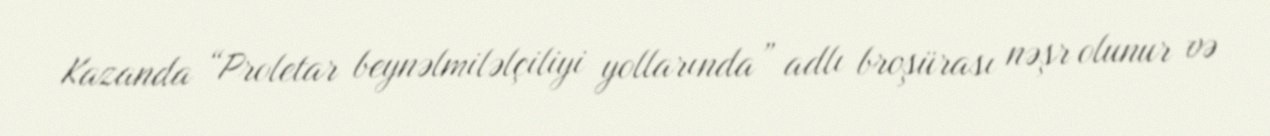
Kazanda “Proletar beynəlmiləlçiliyi yollarında” adlı broşürası nəşr olunur və